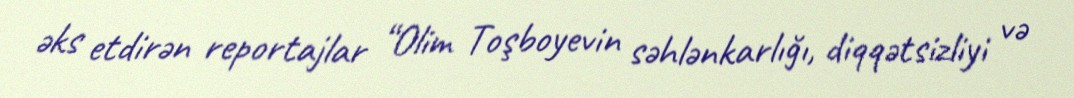
əks etdirən reportajlar “Olim Toşboyevin səhlənkarlığı, diqqətsizliyi və